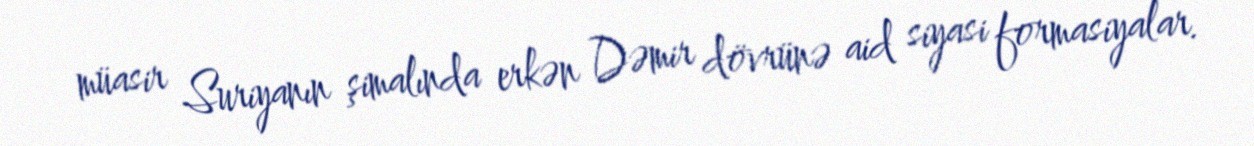
müasir Suriyanın şimalında erkən Dəmir dövrünə aid siyasi formasiyalar.